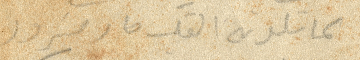
كما تلده القلب ما يزود